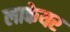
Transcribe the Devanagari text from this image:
लाकेयर